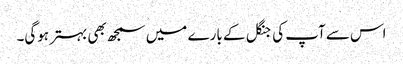
اس سے آپ کی جنگل کے بارے میں سمجھ بھی بہتر ہوگی۔